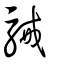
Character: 駴